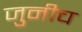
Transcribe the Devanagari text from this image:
जुनीच